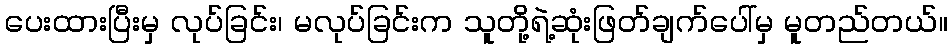
ပေးထားပြီးမှ လုပ်ခြင်း၊ မလုပ်ခြင်းက သူတို့ရဲ့ဆုံးဖြတ်ချက်ပေါ်မှ မူတည်တယ်။